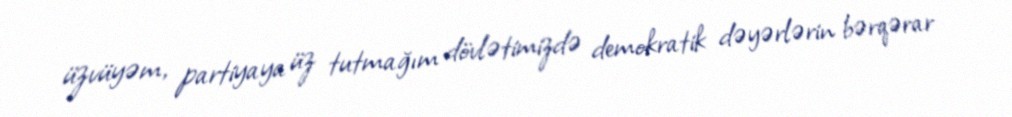
üzvüyəm, partiyaya üz tutmağım dövlətimizdə demokratik dəyərlərin bərqərar